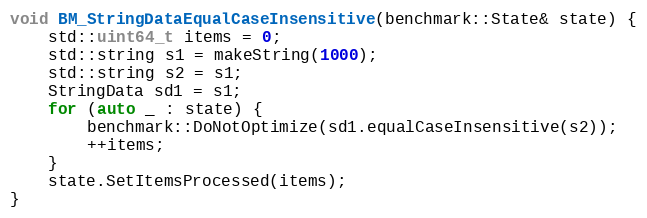
Language: C++
void BM_StringDataEqualCaseInsensitive(benchmark::State& state) {
    std::uint64_t items = 0;
    std::string s1 = makeString(1000);
    std::string s2 = s1;
    StringData sd1 = s1;
    for (auto _ : state) {
        benchmark::DoNotOptimize(sd1.equalCaseInsensitive(s2));
        ++items;
    }
    state.SetItemsProcessed(items);
}